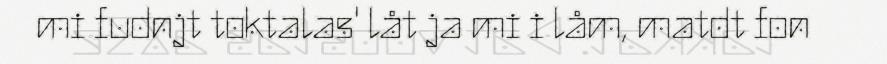
mi fudnjt toktalas' låt ja mi i låm, matdt fon